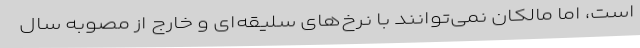
است، اما مالکان نمی‌توانند با نرخ‌های سلیقه‌ای ‌و خارج از مصوبه سال